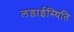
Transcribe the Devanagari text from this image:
लड़ाईस्थिति